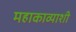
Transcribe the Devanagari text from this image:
महाकाव्याशी